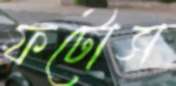
ফটোস